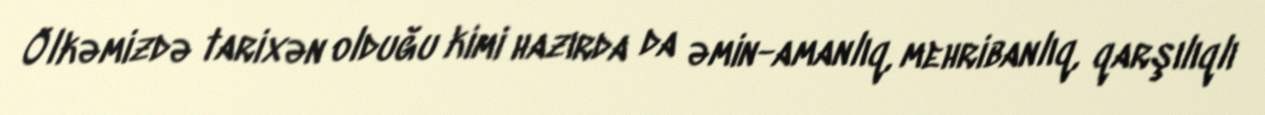
Ölkəmizdə tarixən olduğu kimi hazırda da əmin-amanlıq, mehribanlıq, qarşılıqlı